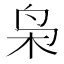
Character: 枭